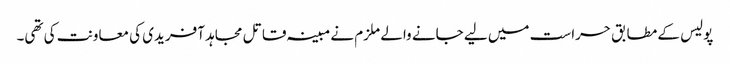
پولیس کے مطابق حراست میں لیے جانے والے ملزم نے مبینہ قاتل مجاہد آفریدی کی معاونت کی تھی۔